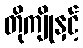
တိုကျိုနှင့်